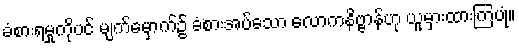
ခံစားရမှုကိုပင် မျက်မှောက်၌ ခံစားအပ်သော လောကနိဗ္ဗာန်ဟု ယူမှားထားကြပုံ။